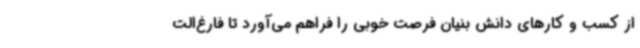
از کسب و کارهای دانش بنیان فرصت خوبی را فراهم می‌آورد تا فارغ‌الت